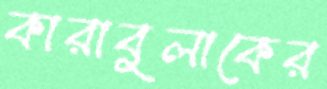
কারাবুলাকের